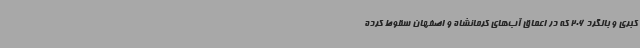
کبری و بالگرد 206 که در اعماق آب‌های کرمانشاه و اصفهان سقوط کرده